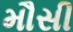
મૌસી